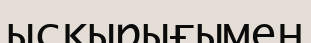
ысқырығымен